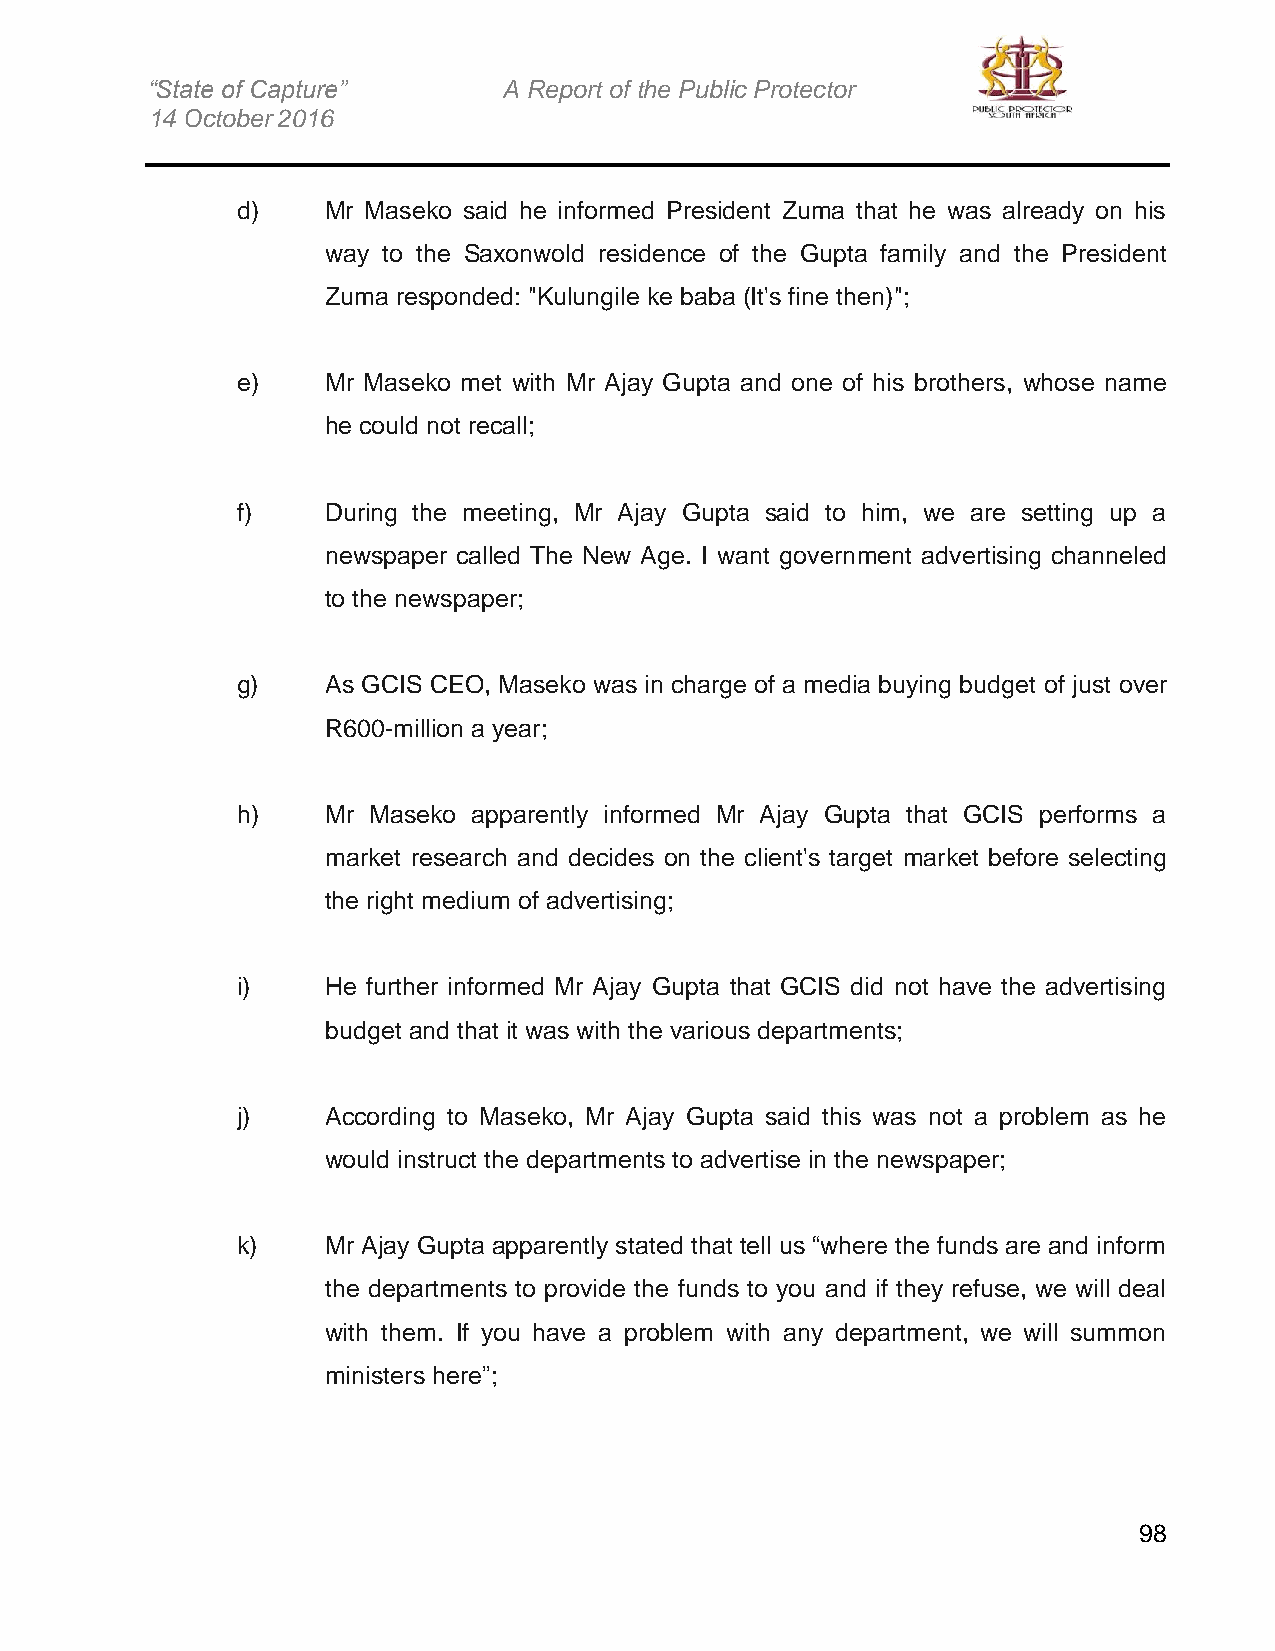
“State of Capture”     A Report of the Public Protector
 14 October 2016
 d)    Mr Maseko said he informed President Zuma that he was already on his
 way to the Saxonwold residence of the Gupta family and the President
 Zuma responded: "Kulungile ke baba (It's fine then)";
 e)    Mr Maseko met with Mr Ajay Gupta and one of his brothers, whose name
 he could not recall;
 f)    During the meeting, Mr Ajay Gupta said to him, we are setting up a
 newspaper called The New Age. I want government advertising channeled
 to the newspaper;
 g)    As GCIS CEO, Maseko was in charge of a media buying budget of just over
 R600-million a year;
 h)    Mr Maseko apparently informed Mr Ajay Gupta that GCIS performs a
 market research and decides on the client's target market before selecting
 the right medium of advertising;
 i)    He further informed Mr Ajay Gupta that GCIS did not have the advertising
 budget and that it was with the various departments;
 j)    According to Maseko, Mr Ajay Gupta said this was not a problem as he
 would instruct the departments to advertise in the newspaper;
 k)    Mr Ajay Gupta apparently stated that tell us “where the funds are and inform
 the departments to provide the funds to you and if they refuse, we will deal
 with them. If you have a problem with any department, we will summon
 ministers here”;
 98